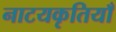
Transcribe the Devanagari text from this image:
नाटयकृतियाँ